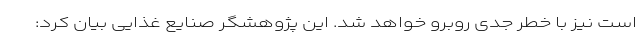
است نیز با خطر جدی روبرو خواهد شد. این پژوهشگر صنایع غذایی بیان کرد: